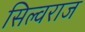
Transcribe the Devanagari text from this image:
सिल्वराज